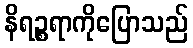
နိရဉ္စရာကိုပြောသည်